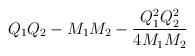
\begin{align*}Q_1 Q_2 - M_1M_2 -{Q^2_1 Q^2_2 \over 4M_1M_2}\end{align*}